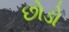
છોડો